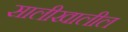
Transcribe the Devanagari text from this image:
सालीखालील